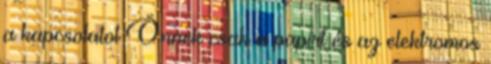
a kapcsolatot Önnek csak a papírt és az elektromos